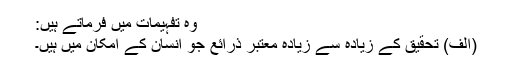
وہ تفہیمات میں فرماتے ہیں:
(الف) تحقیق کے زیادہ سے زیادہ معتبر ذرائع جو انسان کے امکان میں ہیں۔